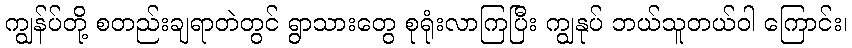
ကျွန်ပ်တို့ စတည်းချရာတဲတွင် ရွာသားတွေ စုရုံးလာကြပြီး ကျွနုပ် ဘယ်သူတယ်ဝါ ကြောင်း၊